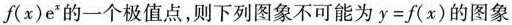
f(x)e^{x}的一个极值点，则下列图象不可能为$$y = f ( x )$$的图象